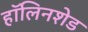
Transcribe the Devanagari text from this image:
हॉलिनशेड